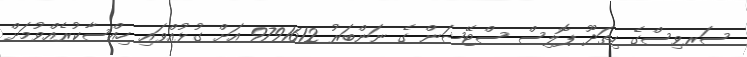
ސަރވިސްގެ ހިތަދޫ ޕޮލިސް ސްޓޭޝަން ގެ ނަންބަރު 9791612 އަށް ގުޅުއްވައި ހިއްސާކުރެއްވުމަށް